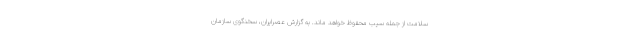
سلامت از جمله سیب محفوظ خواهد ماند. به گزارش عصرایران، سخنگوی سازمان